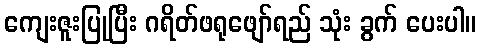
ကျေးဇူးပြုပြီး ဂရိတ်ဖရုဖျော်ရည် သုံး ခွက် ပေးပါ။